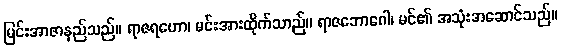
မြင်းအာဇာနည်သည်။ ရာဇရဟော၊ မင်းအားထိုက်သာည်။ ရာဇဘောဂေါ၊ မင်၏ အသုံးအဆောင်သည်။